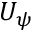
U _ { \psi }